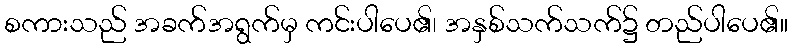
စကားသည် အခက်အရွက်မှ ကင်းပါပေ၏၊ အနှစ်သက်သက်၌ တည်ပါပေ၏။